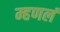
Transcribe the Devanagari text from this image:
म्हणलं